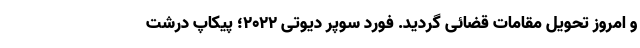
و امروز تحویل مقامات قضائی گردید. فورد سوپر دیوتی 2022؛ پیکاپ درشت